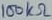
Text: 100kΩ